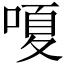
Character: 嗄